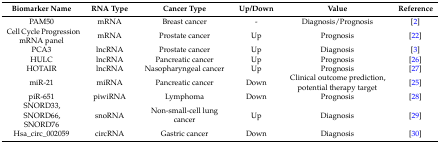
| Biomarker Name | RNA Type | Cancer Type | Up/Down | Value | Reference |
 | --- | --- | --- | --- | --- | --- |
 | PAM50 | mRNA | Breast cancer | - | Diagnosis/Prognosis | [2] |
 | Cell Cycle Progression mRNA panel | mRNA | Prostate cancer | Up | Prognosis | [22] |
 | PCA3 | lncRNA | Prostate cancer | Up | Diagnosis | [3] |
 | HULC | lncRNA | Pancreatic cancer | Up | Prognosis | [26] |
 | HOTAIR | lncRNA | Nasopharyngeal cancer | Up | Prognosis | [27] |
 | miR-21 | miRNA | Pancreatic cancer | Down | Clinical outcome prediction, potential therapy target | [25] |
 | piR-651 | piwiRNA | Lymphoma | Down | Prognosis | [28] |
 | SNORD33, SNORD66, SNORD76 | snoRNA | Non-small-cell lung cancer | Up | Diagnosis | [29] |
 | Hsa_circ_002059 | circRNA | Gastric cancer | Down | Diagnosis | [30] |